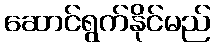
ဆောင်ရွက်နိုင်မည်